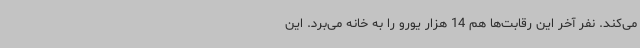
می‌کند. نفر آخر این رقابت‌ها هم 14 هزار یورو را به خانه می‌برد. این